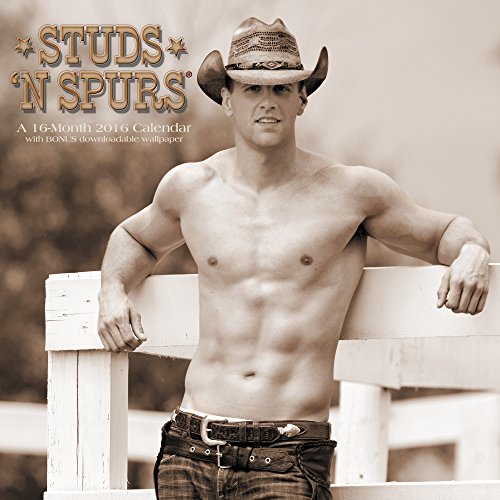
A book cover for Studs 'n Spurs Wall Calendar (2016); Day Dream; Calendars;